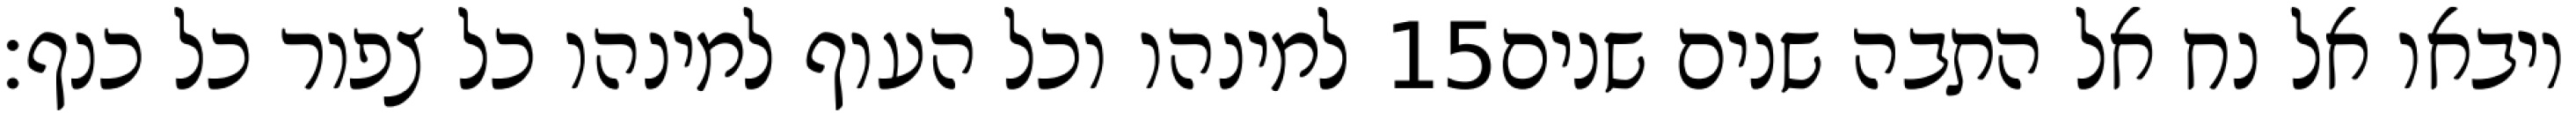
למינהו וכל העוף למינהו כל צפור כל כנף׃ ‎15‏ ויבאו אל נח אל התבה שנים שנים